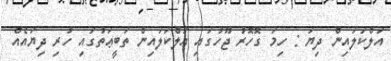
އަލްކަލައިން ދިޔަ : ހިމަ ގޮހޮރު ޖޫހުގައި އަލްކަލައިން ތަބީޢަތުގައި ހުރި ދިޔައެއް